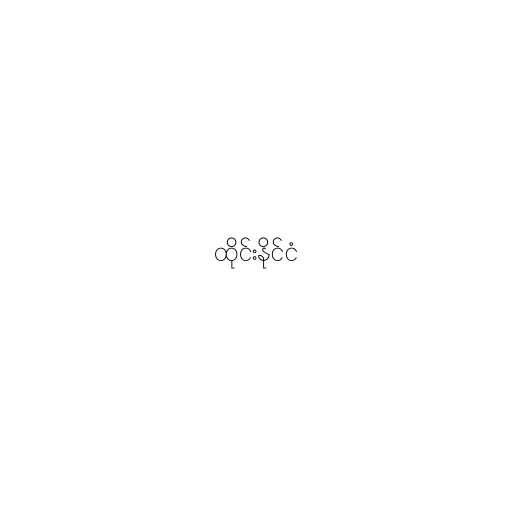
ထိုင်းနိုင်ငံ